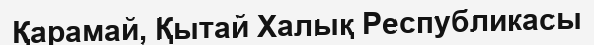
Қарамай, Қытай Халық Республикасы